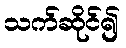
သက်ဆိုင်၍